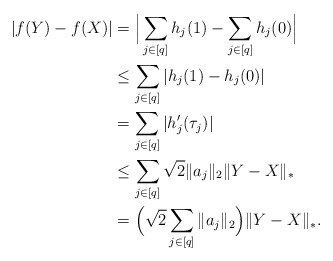
\begin{align*}|f(Y)-f(X)|&=\Big|\sum_{j\in[q]}h_j(1)-\sum_{j\in[q]}h_j(0)\Big|\\&\le\sum_{j\in[q]}|h_j(1)-h_j(0)|\\&=\sum_{j\in[q]}|h_j'(\tau_j)|\\&\le\sum_{j\in[q]}\sqrt{2}\|a_j\|_2\|Y-X\|_*\\&=\Big(\sqrt{2}\sum_{j\in[q]}\|a_j\|_2\Big)\|Y-X\|_*.\end{align*}